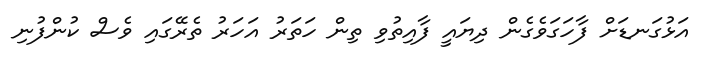
އަޅުގަނޑަށް ފާހަގަވެގެން ދިޔައީ ފާއިތުވި ތިން ހަތަރު އަހަރު ތެރޭގައި ވެސް ކުންފުނި